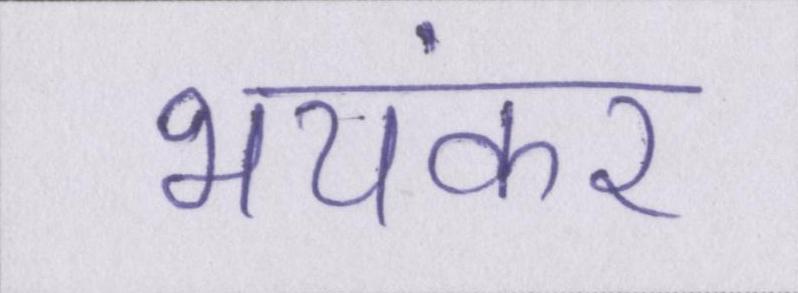
भयंकर